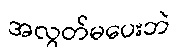
အလွတ်မပေးဘဲ